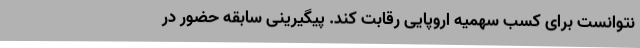
نتوانست برای کسب سهمیه اروپایی رقابت کند. پیگیرینی سابقه حضور در